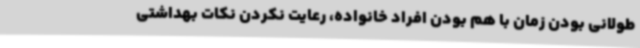
طولانی بودن زمان با هم بودن افراد خانواده، رعایت نکردن نکات بهداشتی